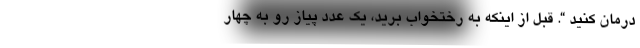
درمان کنید “. قبل از اینکه به رختخواب برید، یک عدد پیاز رو به چهار